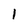
Character: 1